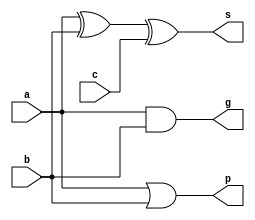
`timescale 1ns / 1ps
//////////////////////////////////////////////////////////////////////////////////
// Company: 
// Engineer: 
// 
// Design Name: 
// Module Name: cell_a
// Project Name: 
// Target Devices: 
// Tool Versions: 
// Description: 
// 
// Dependencies: 
// 
// Revision:
// Revision 0.01 - File Created
// Additional Comments:
// 
//////////////////////////////////////////////////////////////////////////////////


module cell_a(
    input a,
    input b,
    input c,
    output g,
    output p,
    output s
    );
    
    assign s = a ^ b ^ c;
    assign p = a | b;
    assign g = a & b;
endmodule